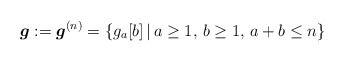
\begin{gather*}{\boldsymbol{g}}:= {\boldsymbol{g}}^{(n)}= \{g_a[b] \,|\, a \ge 1, \, b \ge 1, \, a+b \le n \}\end{gather*}